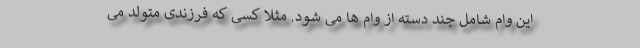
این وام شامل چند دسته از وام ها می شود. مثلا کسی که فرزندی متولد می